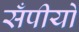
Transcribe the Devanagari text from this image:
सँपीयो